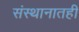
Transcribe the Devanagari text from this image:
संस्थानातही